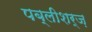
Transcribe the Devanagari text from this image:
पब्लीशर्ज़